Document type: Sale
Year: 1354
Scribe: Bernat de Torre
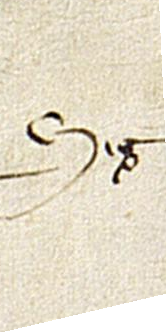
Sig